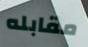
مقابله